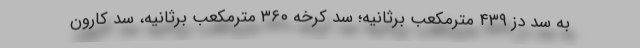
به سد دز ۴۳۹ مترمکعب برثانیه؛ سد کرخه ۳۶۰ مترمکعب برثانیه، سد کارون